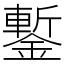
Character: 鏨